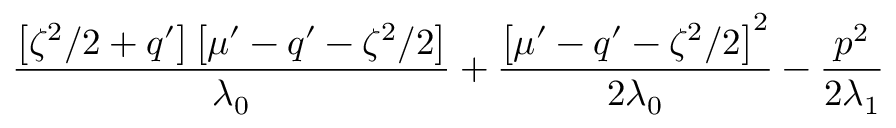
\frac { \left[ \zeta ^ { 2 } / 2 + q ^ { \prime } \right] \left[ \mu ^ { \prime } - q ^ { \prime } - \zeta ^ { 2 } / 2 \right] } { \lambda _ { 0 } } + \frac { \left[ \mu ^ { \prime } - q ^ { \prime } - \zeta ^ { 2 } / 2 \right] ^ { 2 } } { 2 \lambda _ { 0 } } - \frac { p ^ { 2 } } { 2 \lambda _ { 1 } }